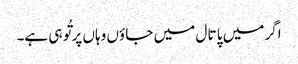
اگر میں پا تا ل میں جا ؤں وہاں پر تُو ہی ہے۔